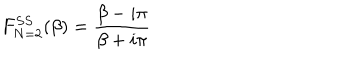
LaTeX: F _ { N = 2 } ^ { S S } ( \beta ) = \frac { \beta - i \pi } { \beta + i \pi }